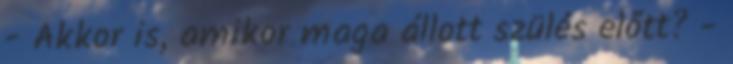
- Akkor is, amikor maga állott szülés előtt? -